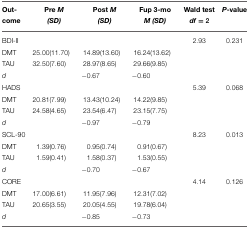
<table><thead><tr><td><b>Out-come</b></td><td><b>Pre <i>M</i> (SD)</b></td><td><b>Post <i>M</i> (SD)</b></td><td><b>Fup 3-mo M (SD)</b></td><td><b>Wald test <i>df</i> = 2</b></td><td><b><i>P</i>-value</b></td></tr></thead><tbody><tr><td>BDI-II</td><td></td><td></td><td></td><td>2.93</td><td>0.231</td></tr><tr><td>DMT</td><td>25.00(11.70)</td><td>14.89(13.60)</td><td>16.24(13.62)</td><td></td><td></td></tr><tr><td>TAU</td><td>32.50(7.60)</td><td>28.97(8.65)</td><td>29.66(9.85)</td><td></td><td></td></tr><tr><td><i>d</i></td><td></td><td>−0.67</td><td>−0.60</td><td></td><td></td></tr><tr><td>HADS</td><td></td><td></td><td></td><td>5.39</td><td>0.068</td></tr><tr><td>DMT</td><td>20.81(7.99)</td><td>13.43(10.24)</td><td>14.22(9.85)</td><td></td><td></td></tr><tr><td>TAU</td><td>24.58(4.65)</td><td>23.54(6.47)</td><td>23.15(7.75)</td><td></td><td></td></tr><tr><td><i>d</i></td><td></td><td>−0.97</td><td>−0.79</td><td></td><td></td></tr><tr><td>SCL-90</td><td></td><td></td><td></td><td>8.23</td><td>0.013</td></tr><tr><td>DMT</td><td>1.39(0.76)</td><td>0.95(0.74)</td><td>0.91(0.67)</td><td></td><td></td></tr><tr><td>TAU</td><td>1.59(0.41)</td><td>1.58(0.37)</td><td>1.53(0.55)</td><td></td><td></td></tr><tr><td><i>d</i></td><td></td><td>−0.70</td><td>−0.67</td><td></td><td></td></tr><tr><td>CORE</td><td></td><td></td><td></td><td>4.14</td><td>0.126</td></tr><tr><td>DMT</td><td>17.00(6.61)</td><td>11.95(7.96)</td><td>12.31(7.02)</td><td></td><td></td></tr><tr><td>TAU</td><td>20.65(3.55)</td><td>20.05(4.55)</td><td>19.78(6.04)</td><td></td><td></td></tr><tr><td><i>d</i></td><td></td><td>−0.85</td><td>−0.73</td><td></td><td></td></tr></tbody></table>